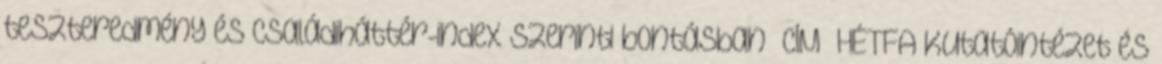
teszteredmény és családiháttér-index szerinti bontásban CÍM HÉTFA Kutatóintézet és